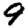
Digit: 9